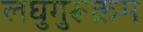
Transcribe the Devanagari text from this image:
लघुगुरूक्रम